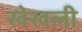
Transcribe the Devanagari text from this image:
खेखली